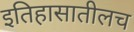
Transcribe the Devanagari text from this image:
इतिहासातीलच